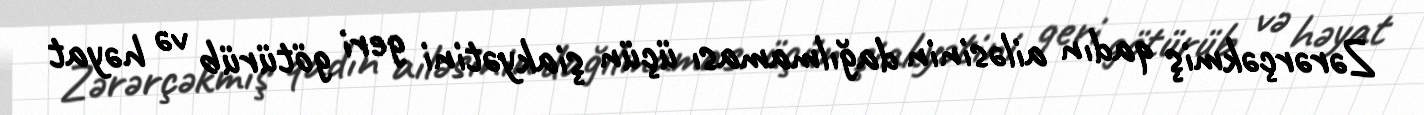
Zərərçəkmiş qadın ailəsinin dağılmaması üçün şiakyətini geri götürüb və həyat